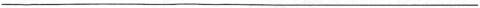
___